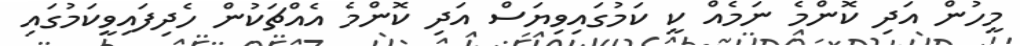
މީހުން އަދި ކޮންމެ ނަމެއް ކީ ކަމުގައިވިޔަސް އަދި ކޮންމެ އެއްޗަކުން ހެދިފައިވީކަމުގައި